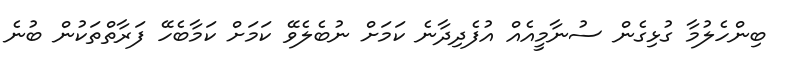
ބިންހެލުމާ ގުޅިގެން ސުނާމީއެއް އުފެދިދާނެ ކަމަށް ނުބެލެވޭ ކަމަށް ކަމާބެހޭ ފަރާތްތަކުން ބުނެ